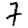
Digit: 7